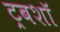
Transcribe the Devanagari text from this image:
ट्रबशॉ